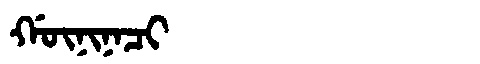
Manchu: ᡤᡡᠨᡳᠨᠠᠴᡳ
Romanization: GŪNINACI